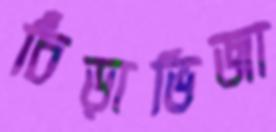
চিঁড়াভিজা